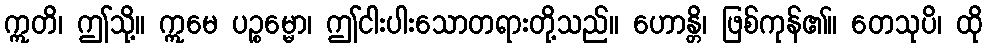
ဣတိ၊ ဤသို့။ ဣမေ ပဉ္စမ္မော၊ ဤငါးပါးသောတရားတို့သည်။ ဟောန္တိ၊ ဖြစ်ကုန်၏။ တေသုပိ၊ ထို